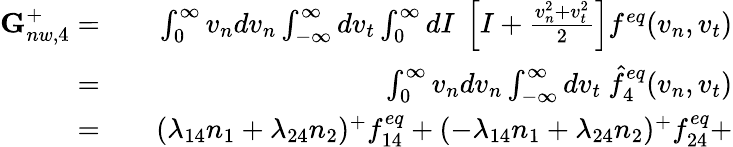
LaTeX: \begin{array}{rlr}{\textbf{G}_{nw,4}^{+}=}&{{}}&{\int_{0}^{\infty}v_{n}dv_{n}\int_{-\infty}^{\infty}dv_{t}\int_{0}^{\infty}dI\ \left[I+\frac{v_{n}^{2}+v_{t}^{2}}{2}\right]f^{eq}(v_{n},v_{t})}\\ {=}&{{}}&{\int_{0}^{\infty}v_{n}dv_{n}\int_{-\infty}^{\infty}dv_{t}\ \hat{f}_{4}^{eq}(v_{n},v_{t})}\\ {=}&{{}}&{(\lambda_{14}n_{1}+\lambda_{24}n_{2})^{+}f_{14}^{eq}+(-\lambda_{14}n_{1}+\lambda_{24}n_{2})^{+}f_{24}^{eq}+}\end{array}